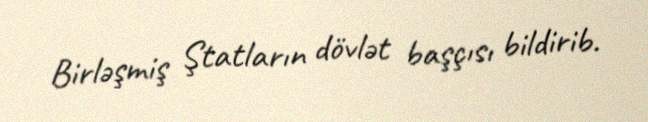
Birləşmiş Ştatların dövlət başçısı bildirib.